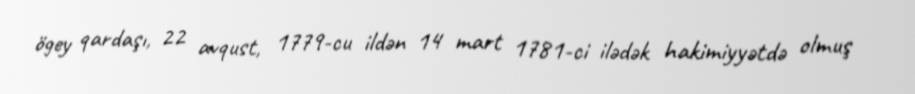
ögey qardaşı, 22 avqust, 1779-cu ildən 14 mart 1781-ci ilədək hakimiyyətdə olmuş